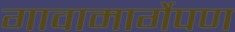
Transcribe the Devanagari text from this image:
गावामार्गेपण